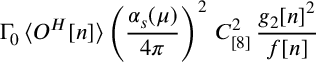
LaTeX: \Gamma _ { 0 } \, \langle { \cal O } ^ { H } [ n ] \rangle \left( \frac { \alpha _ { s } ( \mu ) } { 4 \pi } \right) ^ { 2 } \, C _ { [ 8 ] } ^ { 2 } \, \frac { g _ { 2 } [ n ] ^ { 2 } } { f [ n ] }